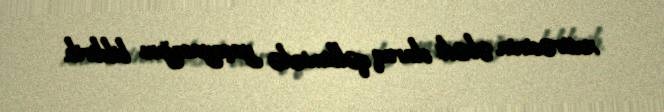
xatirəsinin əbədi olaraq qəlbimizdə yaşayacağını bildirib.